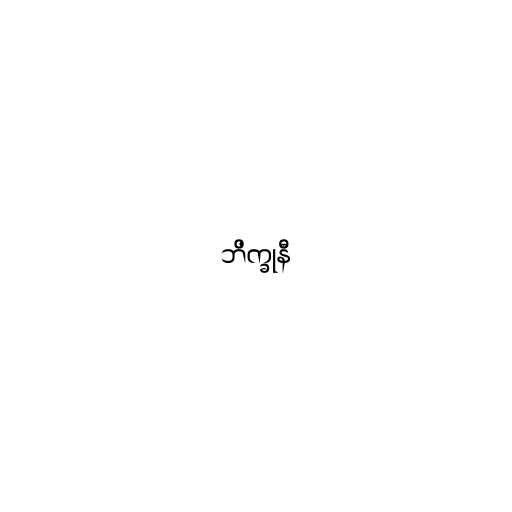
ဘိက္ခုနီ